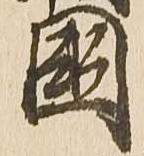
国